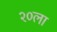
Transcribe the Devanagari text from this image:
२०ला